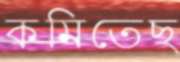
কমিতেছ